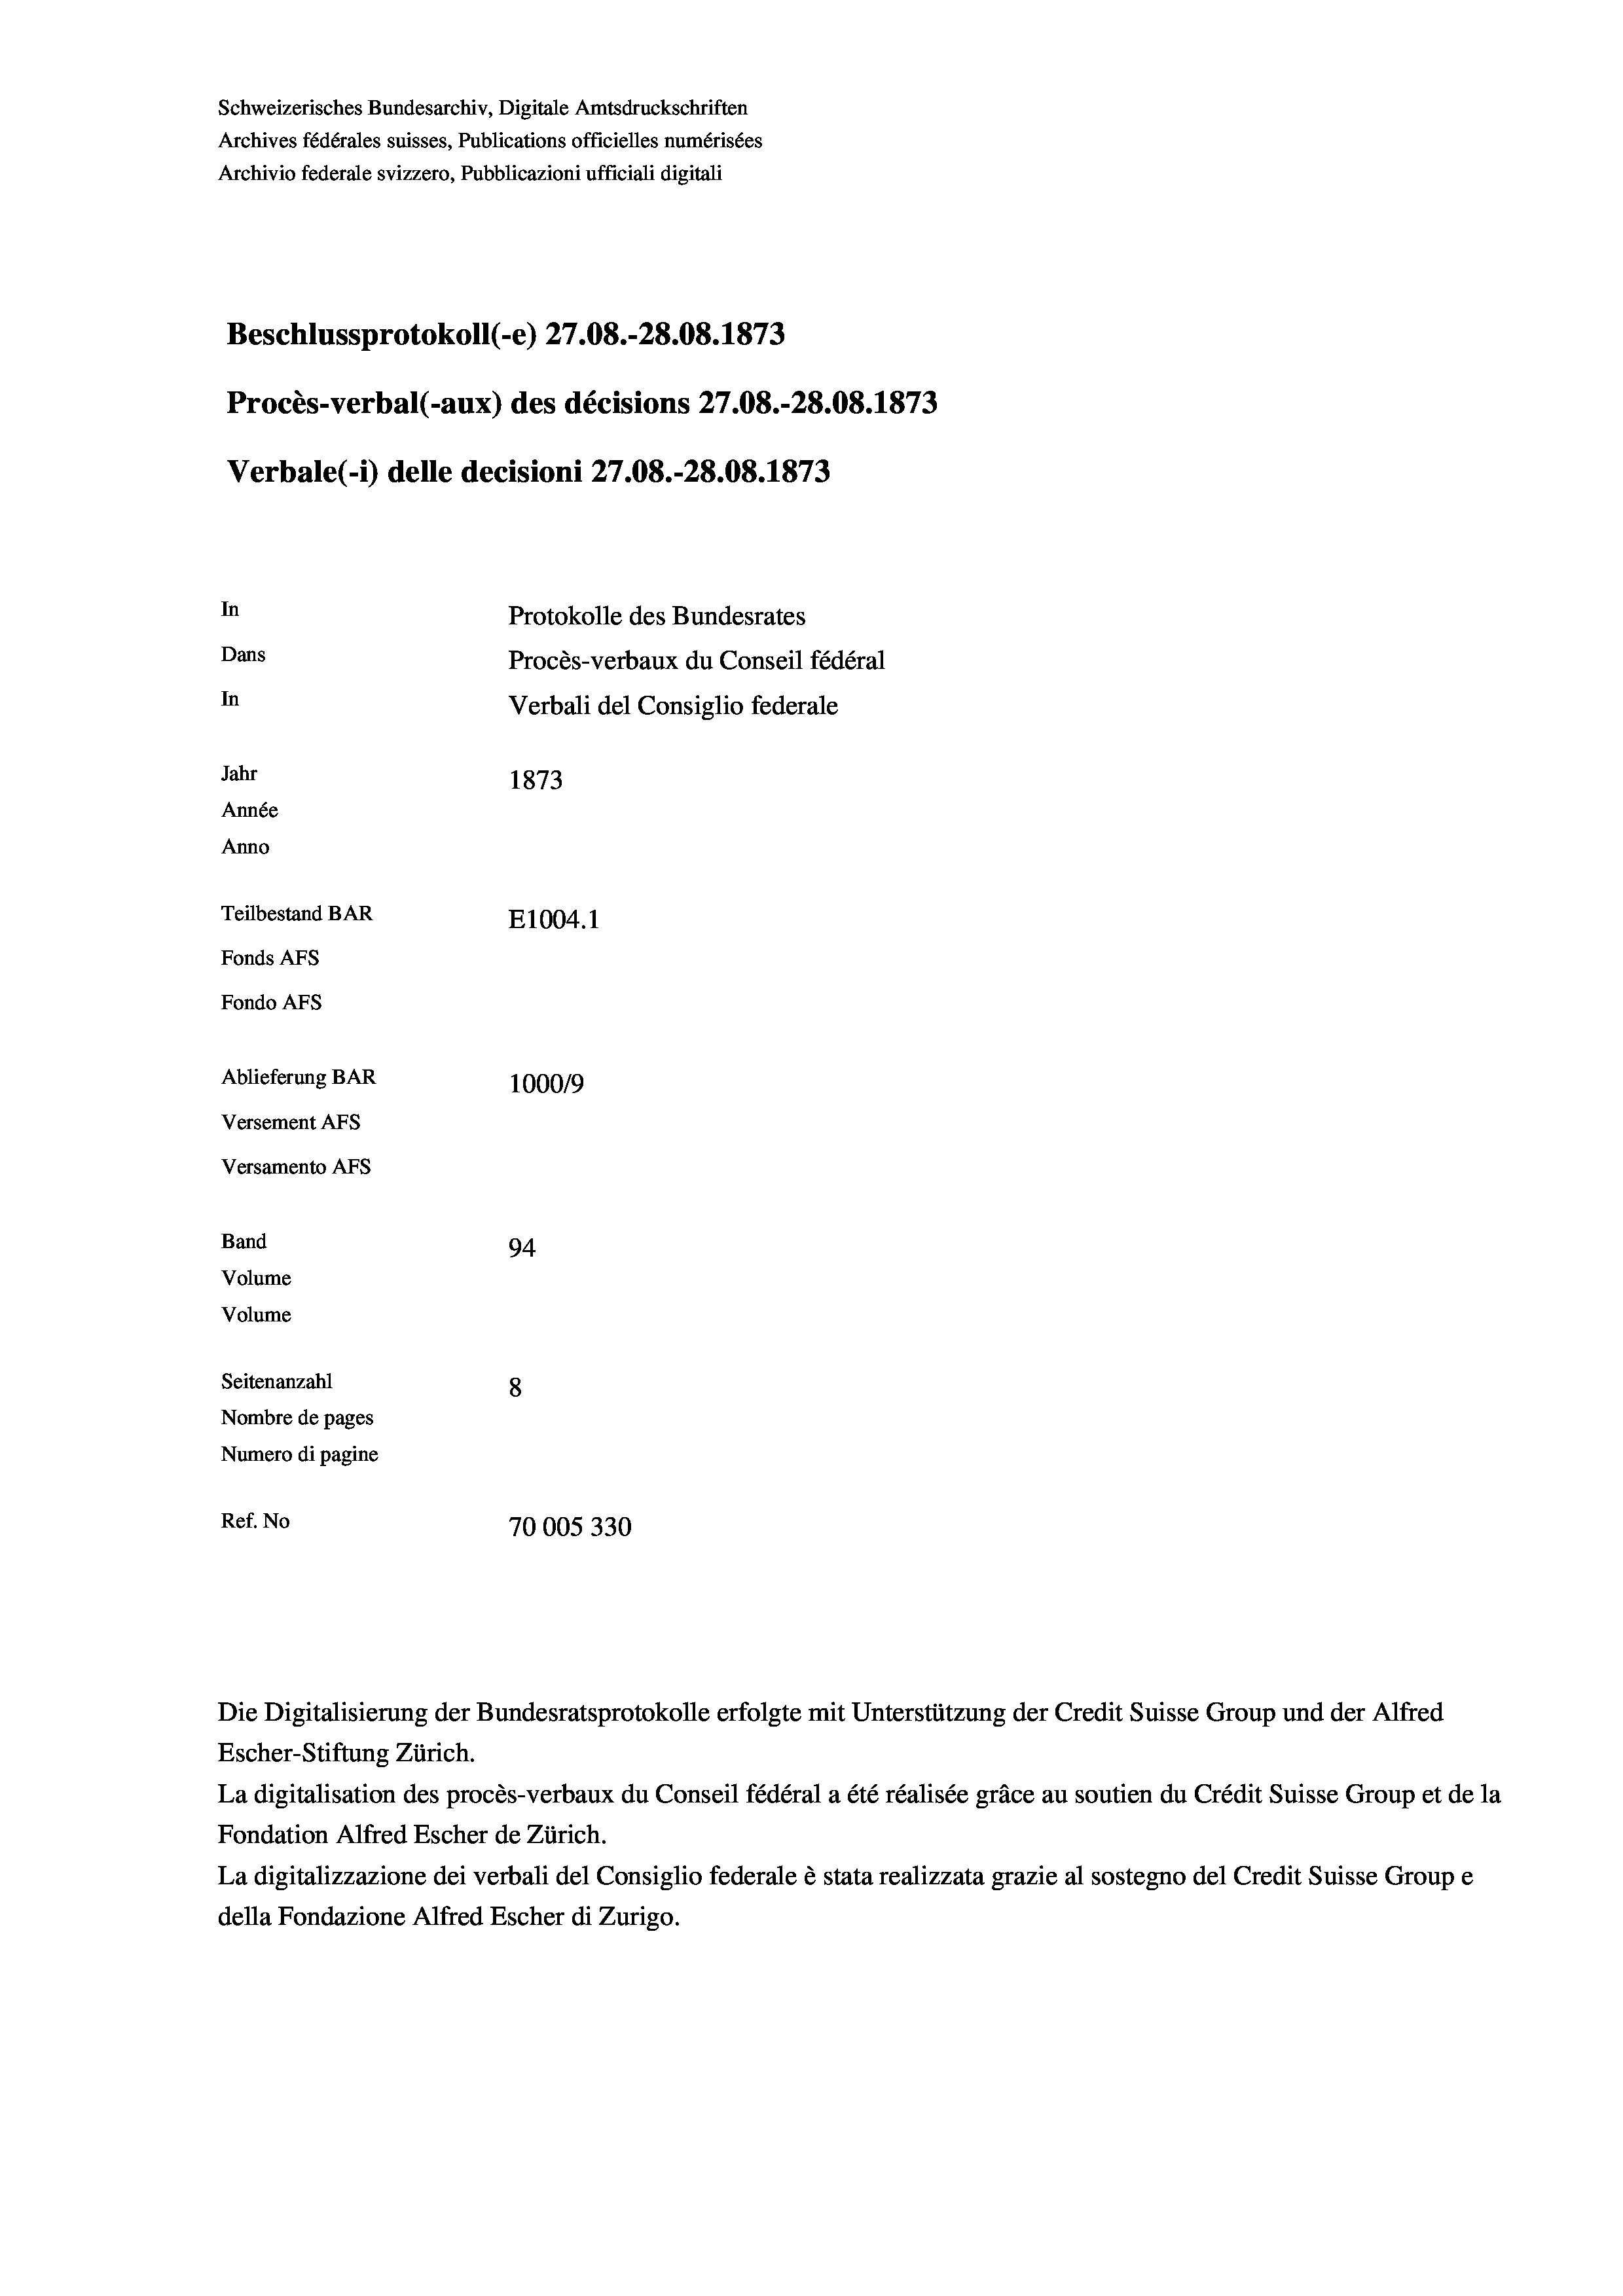
Schweizerisches Bundesarchiv, Digitale Amtsdruckschriften
Archives fédérales suisses, Publications officielles numérisées
Archivio federale svizzero, Pubblicazioni ufficiali digitali
Beschlussprotokoll (-e) 27.08.-28.08. 1873
Procès-verbal (-aux) des décisions 27.08.-28.08. 1873
Verbale(*) delle decisioni 27.08.-28.08. 1873
In
Protokolle des Bundesrates
Dans
Procès-verbaux du Conseil fédéral
In
Verbali del Consiglio federale
Jahr
1873
Année
Anno
Teilbestand BAR
E1004. 1
Fonds AFs
Fondo AFS
Ablieferung BAR
100019
Versement AFs
Versamento AFs

Band
Volume
Volume

94.
Seitenanzahl
8
Nombre de pages
Numero di pagine
Ref. No
70005330

La digitalisation des procès-verbaux du Conseil fédéral a été réalisée gräce au soutien du Crédit Suisse Group et de la
Fondation Alfred Escher de Zürich.
La digitalizzazione dei verbali del Consiglio federale è stata realizzata grazie al sostegno del Credit Suisse Groupe
della Fondazione Alfred Escher di Zurigo.

Die Digitalisierung der Bundesratsprotokolle erfolgte mit Unterstützung der Credit Suisse Group und der Alfred
Escher-Stiftung Zürich.